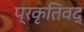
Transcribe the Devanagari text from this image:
प्रकृतिवद्